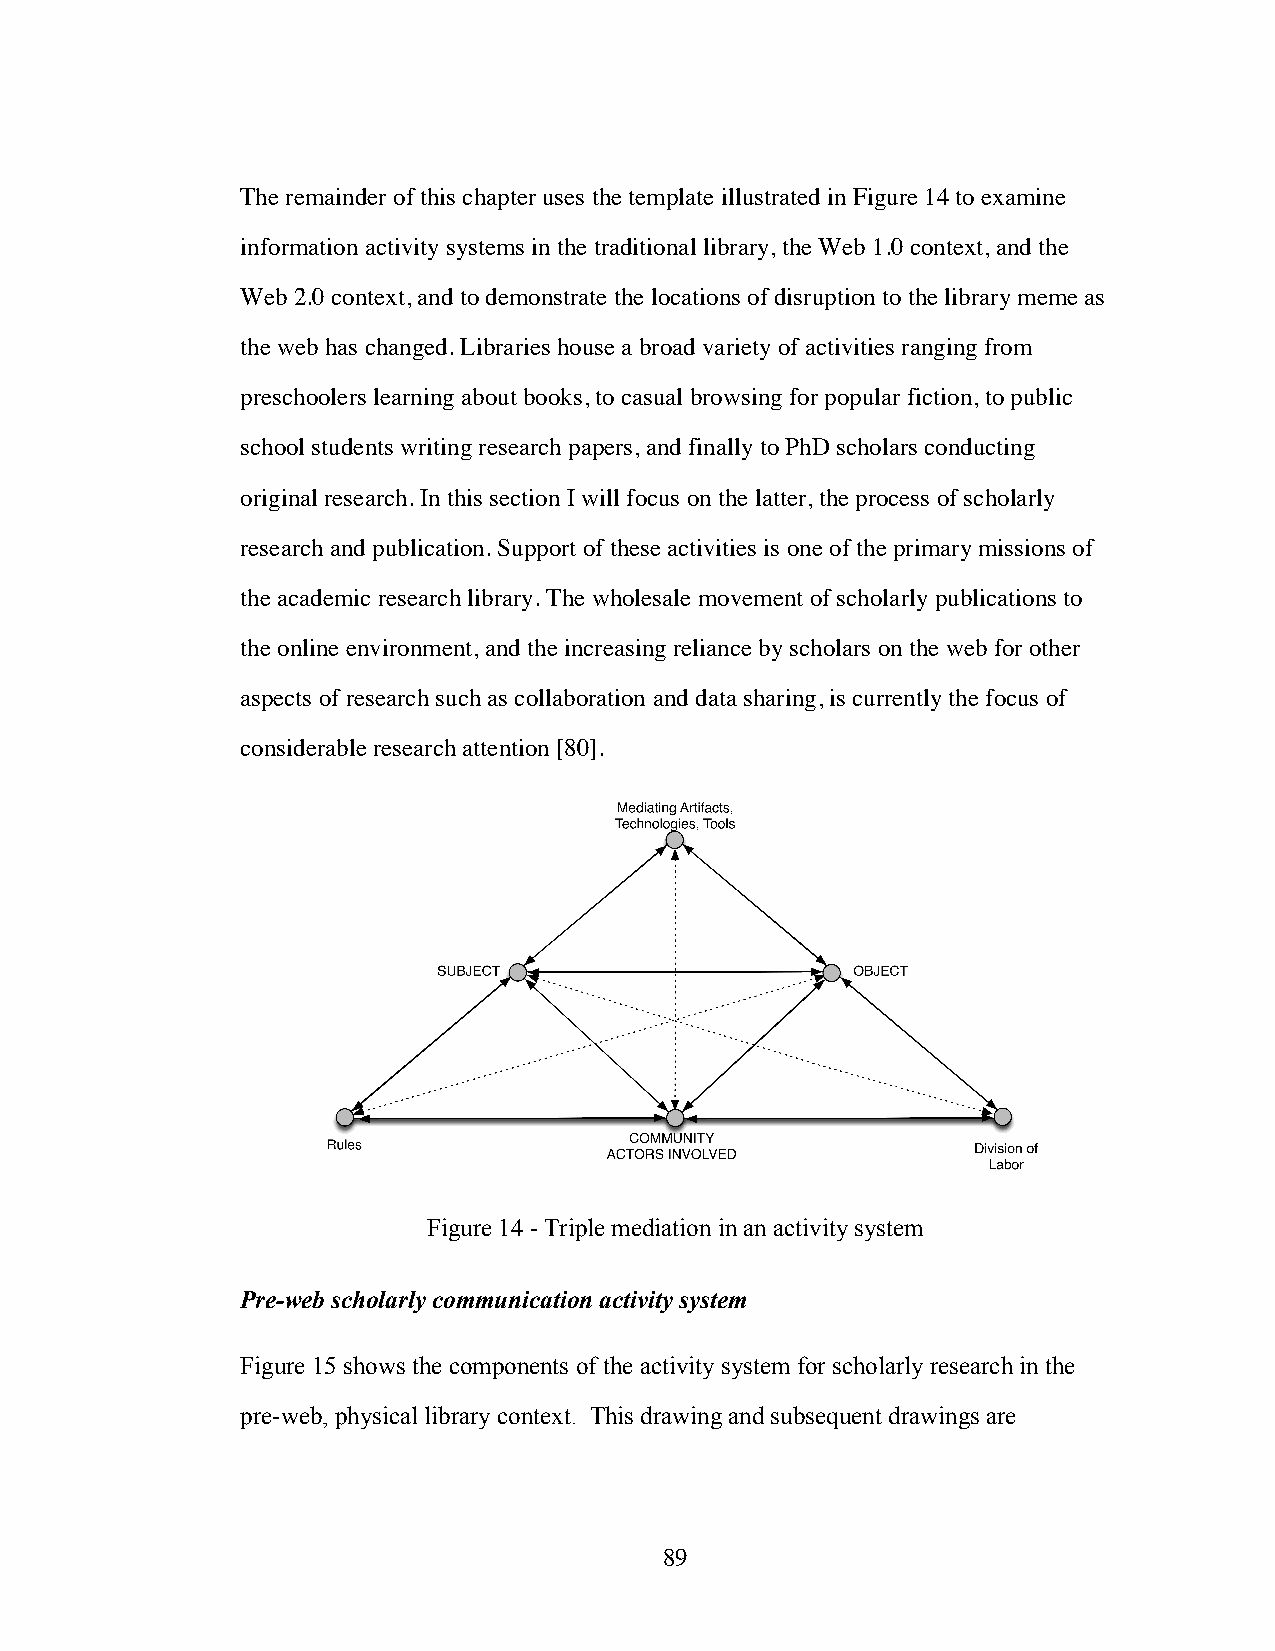
The remainder of this chapter uses the template illustrated in Figure 14 to examine
 information activity systems in the traditional library, the Web 1.0 context, and the
 Web 2.0 context, and to demonstrate the locations of disruption to the library meme as
 the web has changed. Libraries house a broad variety of activities ranging from
 preschoolers learning about books, to casual browsing for popular fiction, to public
 school students writing research papers, and finally to PhD scholars conducting
 original research. In this section I will focus on the latter, the process of scholarly
 research and publication. Support of these activities is one of the primary missions of
 the academic research library. The wholesale movement of scholarly publications to
 the online environment, and the increasing reliance by scholars on the web for other
 aspects of research such as collaboration and data sharing, is currently the focus of
 considerable research attention [80].
 Figure 14 - Triple mediation in an activity system
 Pre-web scholarly communication activity system
 Figure 15 shows the components of the activity system for scholarly research in the
 pre-web, physical library context. This drawing and subsequent drawings are
 89